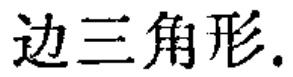
边三角形.